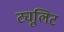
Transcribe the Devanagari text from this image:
ट्यूलिट